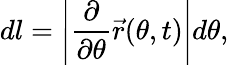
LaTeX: dl=\left|\frac{\partial}{\partial\theta}\vec{r}(\theta,t)\right|d\theta,